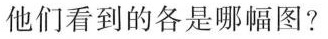
他们看到的各是哪幅图？